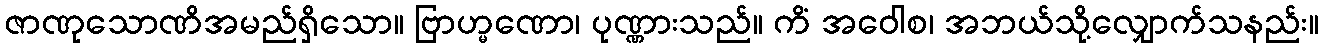
ဇာဏုသောဏိအမည်ရှိသော။ ဗြာဟ္မဏော၊ ပုဏ္ဏားသည်။ ကိံ အဝေါစ၊ အဘယ်သို့လျှောက်သနည်း။